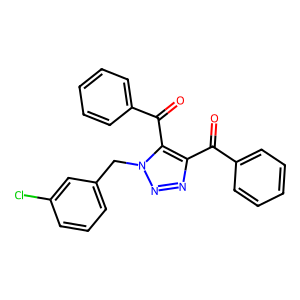
SMILES: O=C(c1ccccc1)c1nnn(Cc2cccc(Cl)c2)c1C(=O)c1ccccc1
Inhibits HIV replication: No